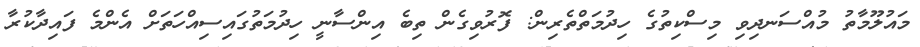
މައުލޫމާތު މުއްސަނދިވި މިސްކިތުގެ ހިދުމަތްތެރިން: ފޮރުވިގެން ތިބެ އިންސާނީ ހިދުމަތުގައިސިއްހަތަށް އެންމެ ފައިދާކުރާ